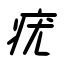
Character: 疣